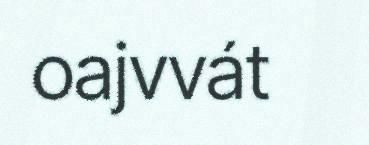
oajvvát